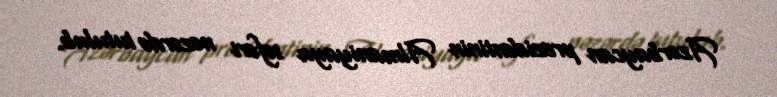
Azərbaycan prezidentinin Almaniyaya səfəri nəzərdə tutulub.